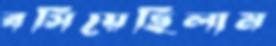
বসিয়েছিলাম